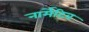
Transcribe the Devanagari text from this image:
नार्मेटिव